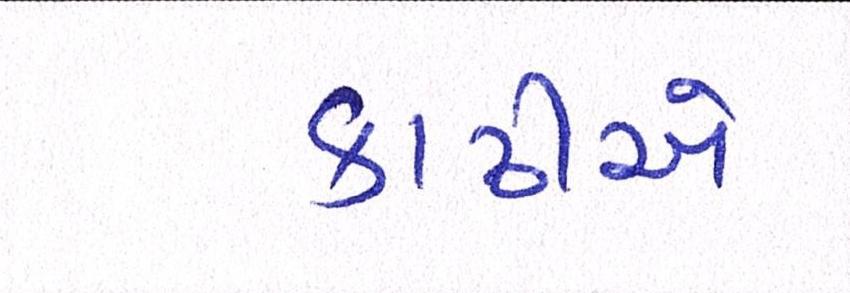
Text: કાઢીએ